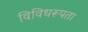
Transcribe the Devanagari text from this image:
विविधरूपता